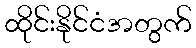
ထိုင်းနိုင်ငံအတွက်